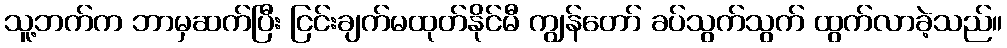
သူ့ဘက်က ဘာမှဆက်ပြီး ငြင်းချက်မထုတ်နိုင်မီ ကျွန်တော် ခပ်သွက်သွက် ထွက်လာခဲ့သည်။